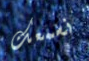
نسمعك